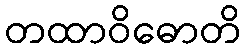
တထာဝိဓောတိ